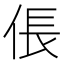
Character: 倀